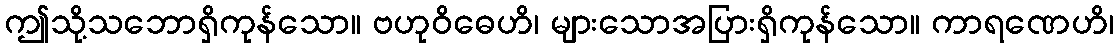
ဤသို့သဘောရှိကုန်သော။ ဗဟုဝိဓေဟိ၊ များသောအပြားရှိကုန်သော။ ကာရဏေဟိ၊